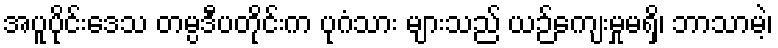
အပူပိုင်းဒေသ တမ္ပဒီပတိုင်းက ပုဂံသား များသည် ယဉ်ကျေးမှုမရှိ၊ ဘာသာမဲ့၊